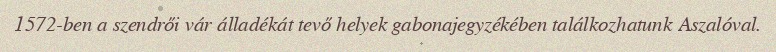
1572-ben a szendrői vár álladékát tevő helyek gabonajegyzékében találkozhatunk Aszalóval.